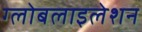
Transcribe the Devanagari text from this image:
ग्‍लोबलाइलेशन